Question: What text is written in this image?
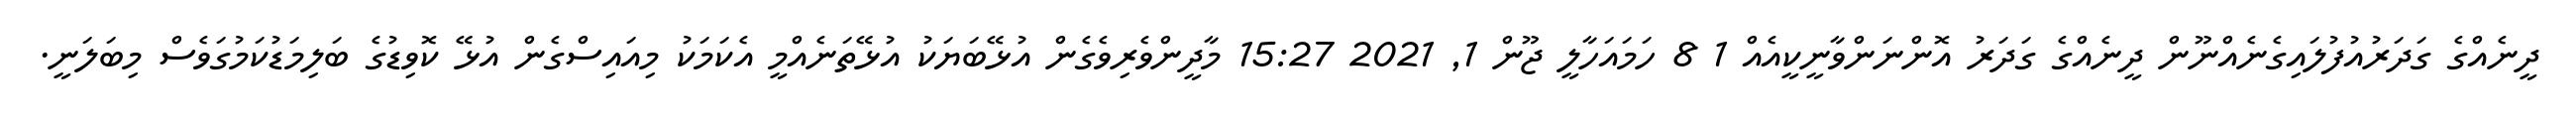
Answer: ދީނެއްގެ ގަދަރުއުފުލައިގެނެއްނޫން ދީނެއްގެ ގަދަރު އޮންނަންވާނީކީއެއް 1 8 ހަމައަހާލީ ޖޫން 1, 2021 15:27 މާދީންވެރިވެގެން އުޅޭބަޔަކު އުޅޭތަނެއްމީ އެކަމަކު މިއައިސްގެން އުޅޭ ކޮވިޑުގެ ބަލިމަޑުކަމުގަވެސް މިބަލަނީ.